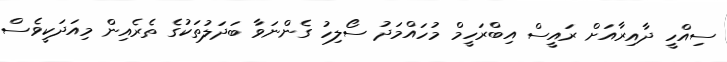
ސިއްހީ ދާއިރާއަށް ރައީސް އިބްރަހީމް މުހައްމަދު ސޯލިހު ގެންނަވާ ބަދަލުތަކުގެ ތެރެއިން މިއަދަކީވެސް